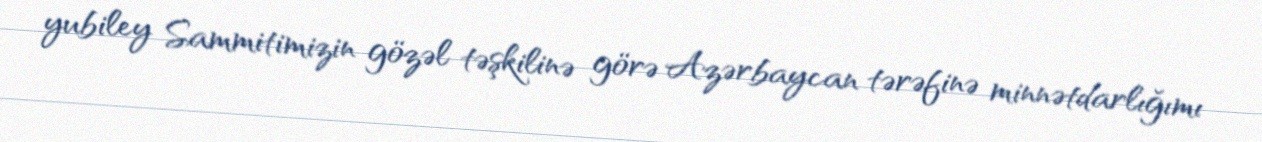
yubiley Sammitimizin gözəl təşkilinə görə Azərbaycan tərəfinə minnətdarlığımı